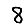
Digit: 8